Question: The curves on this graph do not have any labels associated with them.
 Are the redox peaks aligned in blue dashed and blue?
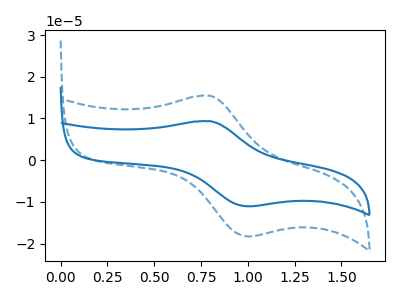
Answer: <think>The blue curve "blue" has an anodic peak at (0.80V, 9.35uA) and a cathodic peak at (1.00V, -11.05uA). The blue dashed curve "blue dashed" has an anodic peak at (0.80V, 15.45uA) and a cathodic peak at (1.00V, -18.30uA).</think>
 <answer>Yes, "blue dashed" have a peak in "blue" at the same potential.</answer>
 <eval>match</eval>